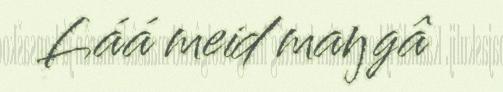
Láá meid maŋgâ